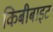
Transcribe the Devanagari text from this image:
किबीबाइट